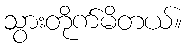
သွားတိုက်မိတယ်။